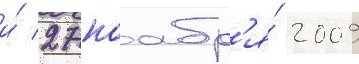
и́ 27 ноабр'я́ 2009